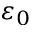
\varepsilon _ { 0 }